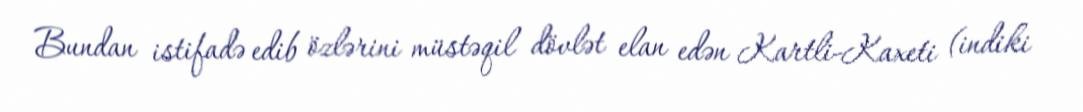
Bundan istifadə edib özlərini müstəqil dövlət elan edən Kartli-Kaxeti (indiki